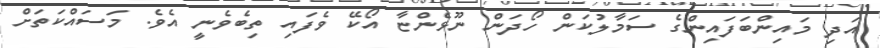
އަދި މައިންބަފައިންގެ ސަމާލުކަން ހޯދަން ނޫޅެންޏާ އޯކޭ ވެފައި ތިބެވެނީ އެވެ. މަސައްކަތަށް